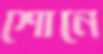
শোনে